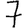
Digit: 7